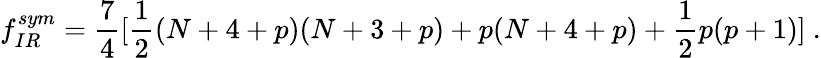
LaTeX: f_{IR}^{sym}=\frac{7}{4}[\frac{1}{2}(N+4+p)(N+3+p)+p(N+4+p)+\frac{1}{2}p(p+1)]\ .